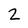
Character: 2